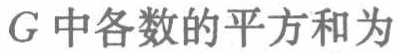
\(G\)中各数的平方和为